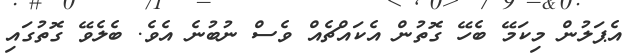
އެޕަލުން މިކަމޭ ބެހޭ ގޮތުން އެކައްޗެއް ވެސް ނުބުނެ އެވެ. ބެލެވޭ ގޮތުގައި